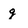
Character: g